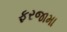
ફરજામા